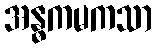
အန္ဓကမကသာ